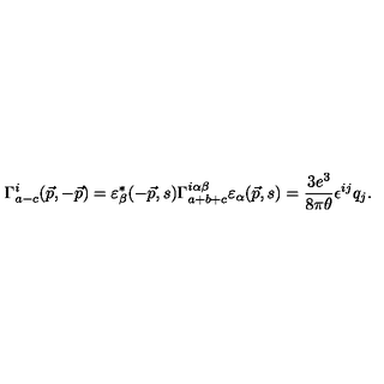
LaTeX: \Gamma _ { a - c } ^ { i } ( \vec { p } , - \vec { p } ) = \varepsilon _ { \beta } ^ { * } ( - \vec { p } , s ) \Gamma _ { a + b + c } ^ { i \alpha \beta } \varepsilon _ { \alpha } ( \vec { p } , s ) = \frac { 3 e ^ { 3 } } { 8 \pi \theta } \epsilon ^ { i j } q _ { j } .